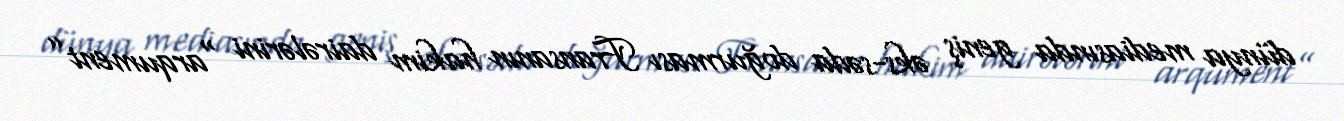
dünya mediasında geniş əks-səda doğurması Fransanın hakim dairələrini “arqument”